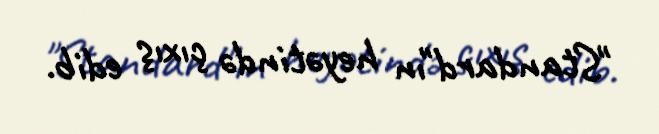
"Standard"ın heyətində çıxış edib.